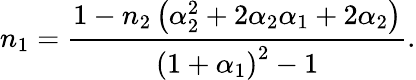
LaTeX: n_{1}=\frac{1-n_{2}\left(\alpha_{2}^{2}+2\alpha_{2}\alpha_{1}+2\alpha_{2}\right)}{\left(1+\alpha_{1}\right)^{2}-1}.